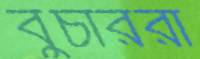
বুচাররা